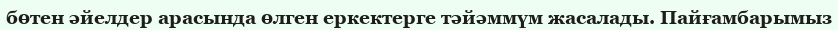
бөтен әйелдер арасында өлген еркектерге тәйәммүм жасалады. Пайғамбарымыз